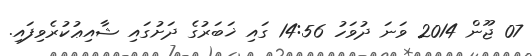
07 ޖޫން 2014 ވަނަ ދުވަހު 14:56 ގައި ޚަބަރުގެ ދަށުގައި ޝާއިޢުކުރެވިފައި.